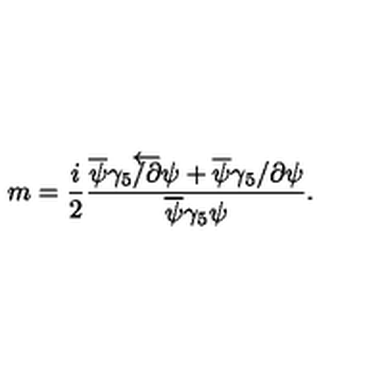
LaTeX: m = \frac { i } { 2 } \frac { \overline { { \psi } } \gamma _ { 5 } \overleftarrow { \slash { \partial } } \psi + \overline { { \psi } } \gamma _ { 5 } \slash { \partial } \psi } { \overline { { \psi } } \gamma _ { 5 } \psi } .